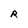
Character: R